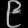
Digit: ၉